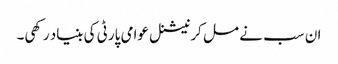
ان سب نے مل کر نیشنل عوامی پارٹی کی بنیاد رکھی۔